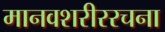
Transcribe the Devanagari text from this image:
मानवशरीररचना